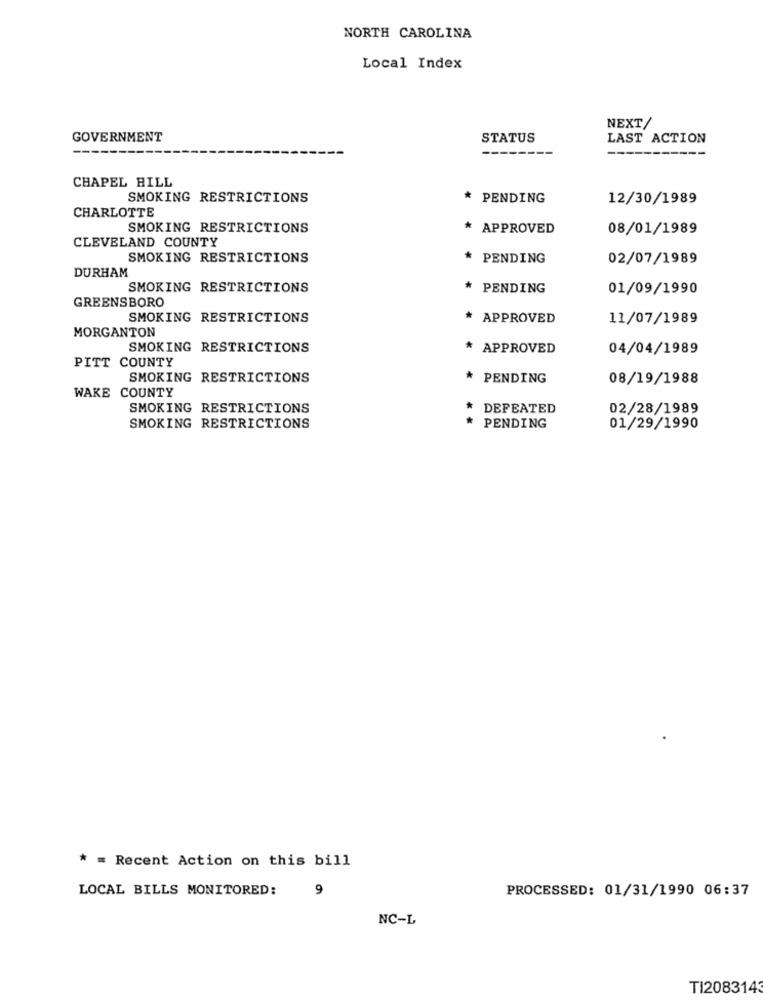
NORTH CAROLINA
Local Index
NEXT/
GOVERNMENT
STATUS
LAST ACTION
CHAPEL HILL
SMOKING RESTRICTIONS
* PENDING
12/30/1989
CHARLOTTE
SMOKING RESTRICTIONS
* APPROVED
08/01/1989
CLEVELAND COUNTY
SMOKING RESTRICTIONS
PENDING
02/07/1989
DURHAM
SMOKING RESTRICTIONS
PENDING
01/09/1990
GREENSBORO
SMOKING RESTRICTIONS
* APPROVED
11/07/1989
MORGANTON
SMOKING RESTRICTIONS
* APPROVED
04/04/1989
PITT COUNTY
SMOKING RESTRICTIONS
* PENDING
08/19/1988
WAKE COUNTY
SMOKING RESTRICTIONS
DEFEATED
02/28/1989
SMOKING RESTRICTIONS
PENDING
01/29/1990
* = Recent Action on this bill
LOCAL BILLS MONITORED:
9
PROCESSED: 01/31/1990 06:37
NC-L
TI2083143